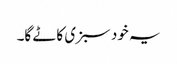
یہ خود سبزی کاٹے گا۔